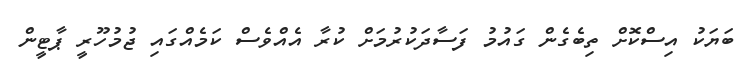
ބަޔަކު އިސްކޮށް ތިބެގެން ގައުމު ފަސާދަކުރުމަށް ކުރާ އެއްވެސް ކަމެއްގައި ޖުމުހޫރީ ޕާޓީން